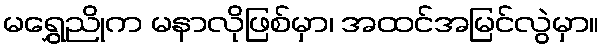
မရွှေညိုက မနာလိုဖြစ်မှာ၊ အထင်အမြင်လွဲမှာ။